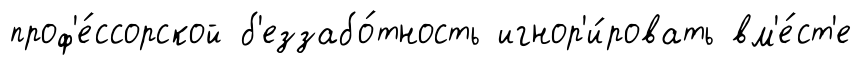
проф'е́ссорской б'еззабо́тность игнор'и́ровать вм'е́ст'е